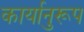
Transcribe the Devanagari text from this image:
कार्यानुरूप